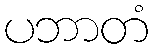
ပဘာတံ